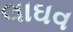
લાઘવ